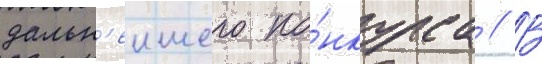
дальн'еишего ко́нкурса // В